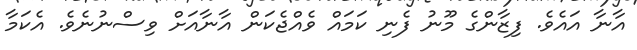
އާނާ އައެވެ. ފިޒާންގެ މޫނު ފެނި ކަމައް ވެއްޖެކަން އާނާއަށް ވިސްނުނެވެ. އެކަމާ